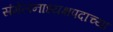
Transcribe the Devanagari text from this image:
संमेलनाध्यक्षपदाच्या